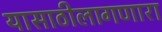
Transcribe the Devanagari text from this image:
यासाठीलागणारा